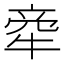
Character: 𤙺